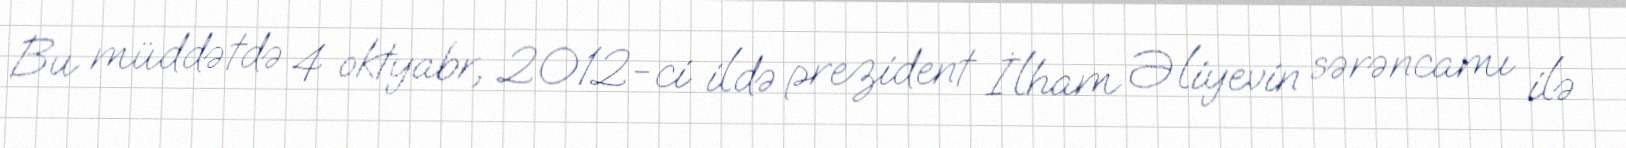
Bu müddətdə 4 oktyabr, 2012-ci ildə prezident İlham Əliyevin sərəncamı ilə